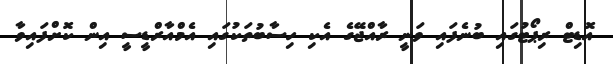
އޮޑިޓް ރިޕޯޓުގައި ބުނެފައި ވަނީ ރާއްޖޭގެ އެކި ހިސާބުތަކުގައި އެމްއާރްޑީސީ އިން ކޮށްފައިވާ